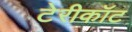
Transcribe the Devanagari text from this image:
टेरीकॉट